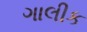
ગાલીક